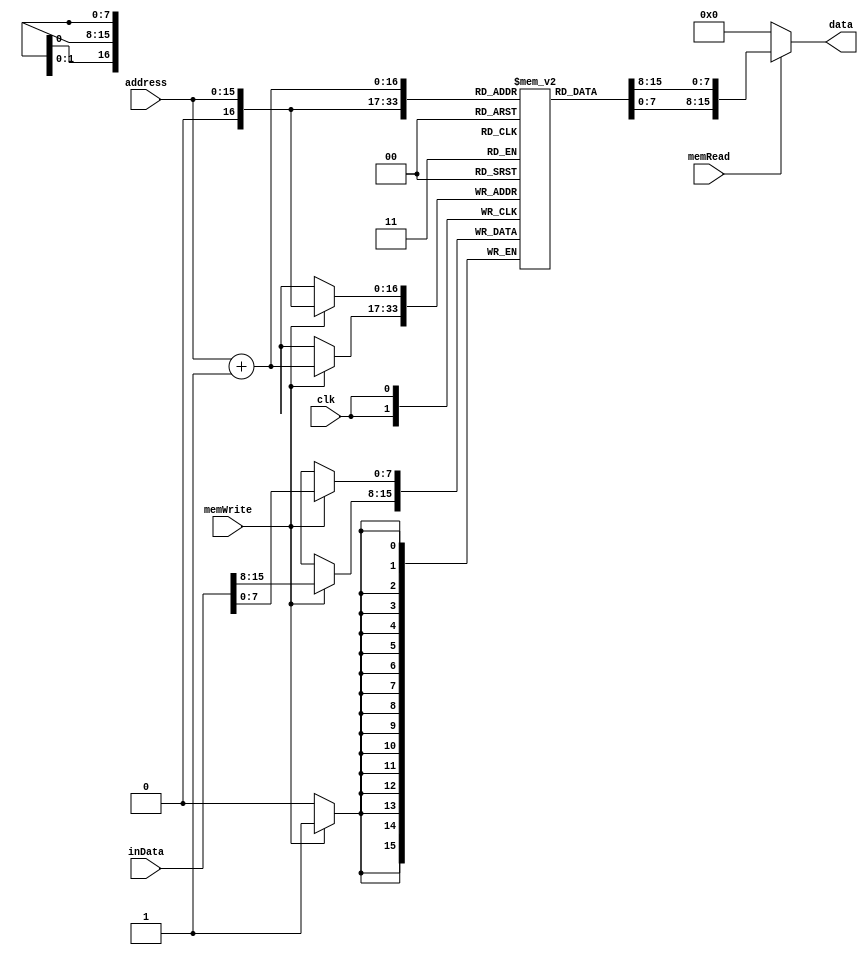
`timescale 1ns / 1ps
//////////////////////////////////////////////////////////////////////////////////
// Company: 
// Engineer: 
// 
// Design Name: 
// Module Name: memory64KB
// Project Name: 
// Target Devices: 
// Tool Versions: 
// Description: 
// 
// Dependencies: 
// 
// Revision:
// Revision 0.01 - File Created
// Additional Comments:
// 
//////////////////////////////////////////////////////////////////////////////////


module memory64KB(
    input clk,
    input [15:0] address,
    input [15:0] inData,
    input memRead,
    input memWrite,
    output wire [15:0] data
    );
    
    reg [7:0]memBlock [0:2**16];
    
    always @(posedge clk) begin
        if(memWrite == 1) begin
            memBlock[address] <= inData[7:0];
            memBlock[address+1] <= inData[15:8];
        end
    end
    
    assign #5 data = memRead ? {memBlock[address+1], memBlock[address]} : 16'h0;
endmodule